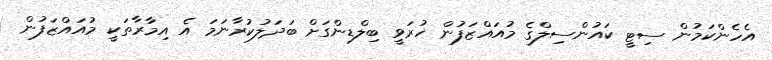
އެހެންކަމުން ސިޓީ ކައުންސިލްގެ މުއައްޒަފުން ހުރަވީ ބިލްޑިންގަށް ބަދަލުކުރާނަމަ އެ އިމާރާތަކީ މުއައްޒަފުން